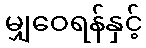
မျှဝေရန်နှင့်